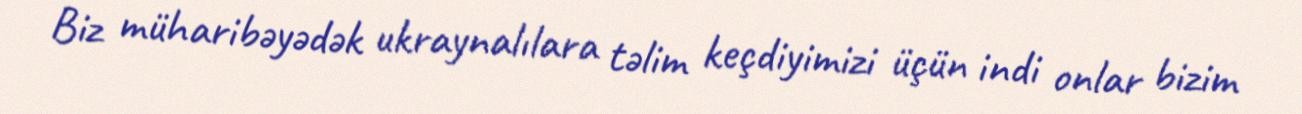
Biz müharibəyədək ukraynalılara təlim keçdiyimizi üçün indi onlar bizim